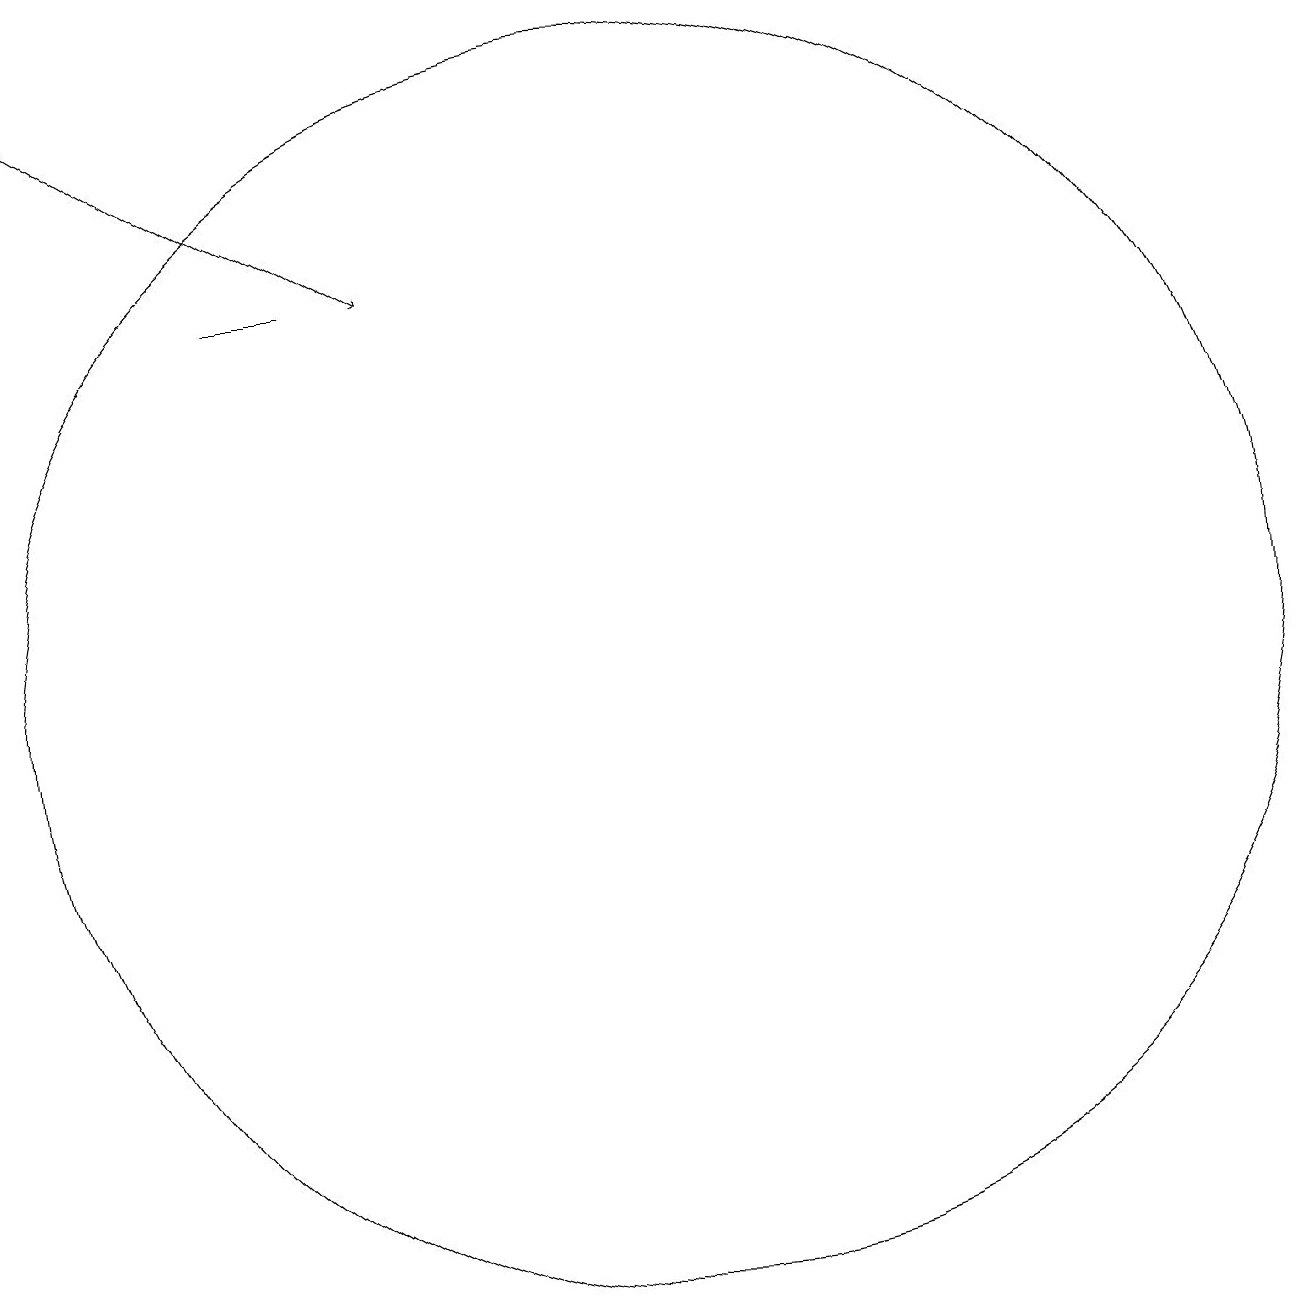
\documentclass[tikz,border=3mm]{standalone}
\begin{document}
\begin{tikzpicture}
\draw (8,16) rectangle (7,16);
\draw[->] (4,19) -- (9,16);
\draw (11,10) circle (0);
\draw (12,11) circle (8);
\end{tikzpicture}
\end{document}